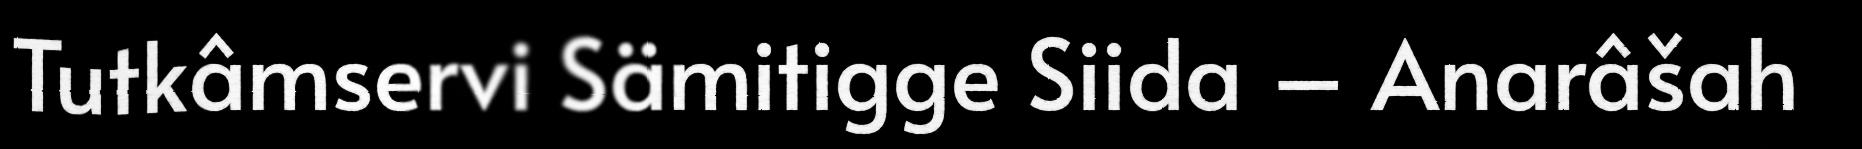
Tutkâmservi Sämitigge Siida – Anarâšah